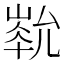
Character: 𡻏